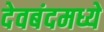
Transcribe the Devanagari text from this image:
देवबंदमध्ये